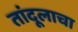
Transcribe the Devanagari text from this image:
तांदूलाचा